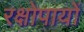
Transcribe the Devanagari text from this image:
रक्षोपायों